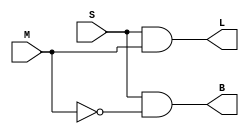
`timescale 1ns / 1ps
//////////////////////////////////////////////////////////////////////////////////
// Company: 
// Engineer: 
// 
// Design Name: 
// Module Name:    ds_system 
// Project Name: 
// Target Devices: 
// Tool versions: 
// Description: 
//
// Dependencies: 
//
// Revision: 
// Revision 0.01 - File Created
// Additional Comments: 
//
//////////////////////////////////////////////////////////////////////////////////
module ds_system(input S, M, output B, L);
	wire m_;
	
	not not1(m_, M);
	and and1(B, S, m_);
	and and2(L, S, M);
endmodule